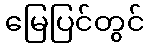
မြေပြင်တွင်